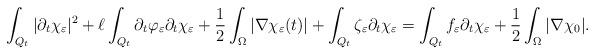
LaTeX: \begin{align*} \int_{Q_t} |\partial_t\chi_{\varepsilon}|^2 + \ell \int_{Q_t} \partial_t \varphi_{\varepsilon} \partial_t \chi_{\varepsilon} + \frac{1}{2} \int_{\Omega} |\nabla \chi_{\varepsilon}(t)| + \int_{Q_t} \zeta_{\varepsilon} \partial_t \chi_{\varepsilon} = \int_{Q_t} f_{\varepsilon} \partial_t \chi_{\varepsilon} + \frac{1}{2} \int_{\Omega} |\nabla \chi_{0}| .\end{align*}